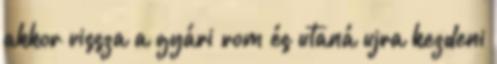
akkor vissza a gyári rom és utaná ujra kezdeni